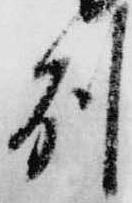
州